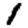
Digit: 1